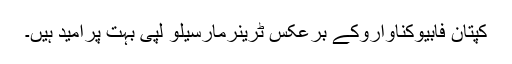
کپتان فابیوکناواروکے برعکس ٹرینرمارسیلو لپی بہت پرامید ہیں۔